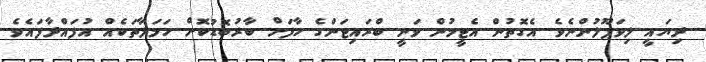
ދިޔައީ ލިވަޕޫލުންނެވެ. އެގޮތުން އެޓީމުން ވަނީ ބްރައިޓަންގެ ހާފަށް ބާރުބޮޑުކޮށް ހަމަލާތަކެއް އުފައްދާފައެވެ.